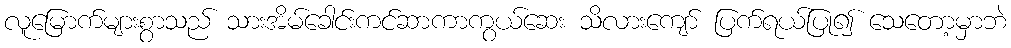
လူမြောက်များစွာသည် သားအိမ်ခေါင်းကင်ဆာကာကွယ်ဆေး သိလားကျော် ပြက်ရယ်ပြု၍ သေတော့မှာဘဲ